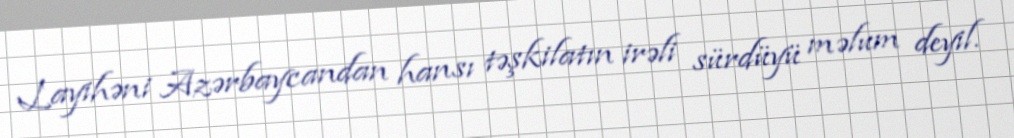
Layihəni Azərbaycandan hansı təşkilatın irəli sürdüyü məlum deyil.